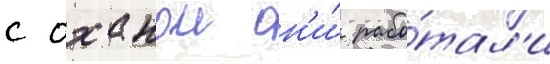
с оханои он'и́ рабо́тал'и